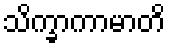
သိက္ခာကာမာတိ